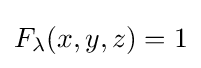
F_{\lambda }(x,y,z)=1